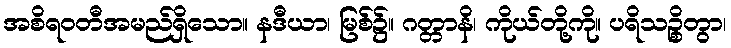
အစိရဝတီအမည်ရှိသော။ နဒီယာ၊ မြစ်၌။ ဂတ္တာနိ၊ ကိုယ်တို့ကို။ ပရိသဉ္စိတွာ၊